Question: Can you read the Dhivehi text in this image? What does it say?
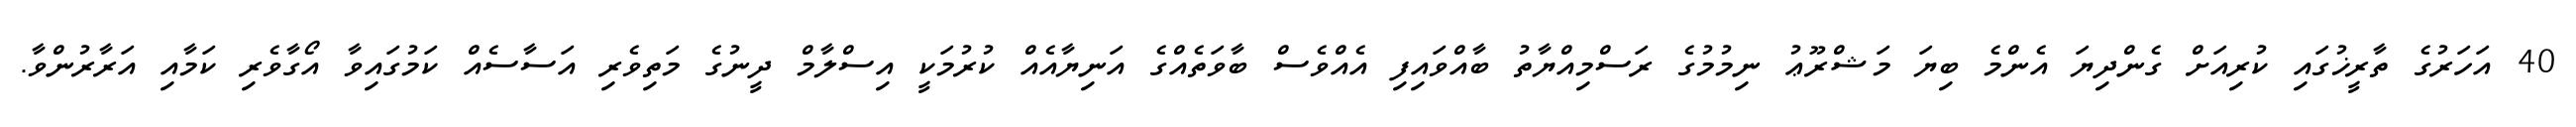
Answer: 40 އަހަރުގެ ތާރީޚުގައި ކުރިއަށް ގެންދިޔަ އެންމެ ބިޔަ މަޝްރޫޢު ނިމުމުގެ ރަސްމިއްޔާތު ބާއްވައިފި އެއްވެސް ބާވަތެއްގެ އަނިޔާއެއް ކުރުމަކީ އިސްލާމް ދީނުގެ މަތިވެރި އަސާސެއް ކަމުގައިވާ އޯގާވެރި ކަމާއި އަރާރުންވާ.